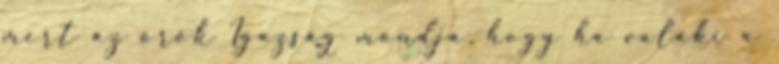
mert az örök Igazság mondja, hogy ha valaki a